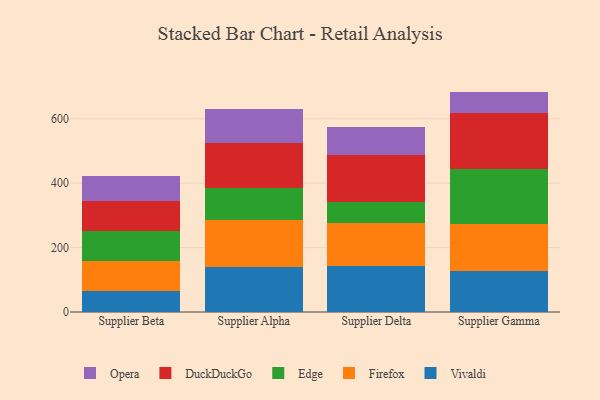
{"axis": {"x": "Supplier", "y": "Latency (ms)"}, "legend": ["DuckDuckGo", "Edge", "Firefox", "Opera", "Vivaldi"], "data": [{"x": "Supplier Beta", "y": 63.9, "type": "Vivaldi"}, {"x": "Supplier Beta", "y": 93.5, "type": "Firefox"}, {"x": "Supplier Beta", "y": 93.9, "type": "Edge"}, {"x": "Supplier Beta", "y": 92.6, "type": "DuckDuckGo"}, {"x": "Supplier Beta", "y": 79.2, "type": "Opera"}, {"x": "Supplier Alpha", "y": 138.9, "type": "Vivaldi"}, {"x": "Supplier Alpha", "y": 147.9, "type": "Firefox"}, {"x": "Supplier Alpha", "y": 98.5, "type": "Edge"}, {"x": "Supplier Alpha", "y": 140.1, "type": "DuckDuckGo"}, {"x": "Supplier Alpha", "y": 104.7, "type": "Opera"}, {"x": "Supplier Delta", "y": 142.4, "type": "Vivaldi"}, {"x": "Supplier Delta", "y": 133.9, "type": "Firefox"}, {"x": "Supplier Delta", "y": 65.1, "type": "Edge"}, {"x": "Supplier Delta", "y": 147.4, "type": "DuckDuckGo"}, {"x": "Supplier Delta", "y": 86.4, "type": "Opera"}, {"x": "Supplier Gamma", "y": 128.5, "type": "Vivaldi"}, {"x": "Supplier Gamma", "y": 145.6, "type": "Firefox"}, {"x": "Supplier Gamma", "y": 171.6, "type": "Edge"}, {"x": "Supplier Gamma", "y": 172.5, "type": "DuckDuckGo"}, {"x": "Supplier Gamma", "y": 66.5, "type": "Opera"}]}